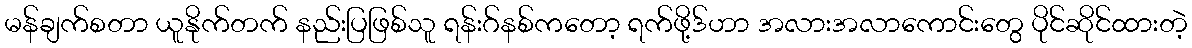
မန်ချက်စတာ ယူနိုက်တက် နည်းပြဖြစ်သူ ရန်းဂ်နစ်ကတော့ ရက်ဖို့ဒ်ဟာ အလားအလာကောင်းတွေ ပိုင်ဆိုင်ထားတဲ့